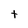
Character: t